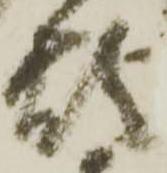
煩